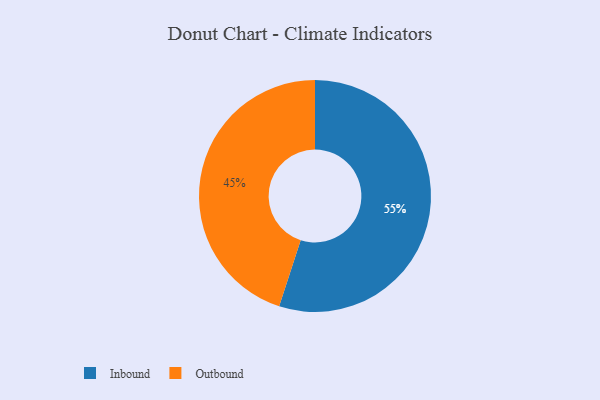
{"axis": {"x": "Category", "y": "Percentage"}, "legend": ["Inbound", "Outbound"], "data": [{"x": "Outbound", "y": 45, "type": "Outbound"}, {"x": "Inbound", "y": 55, "type": "Inbound"}]}